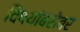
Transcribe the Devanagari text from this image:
विषयांबरोबर